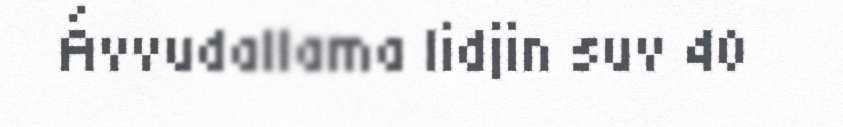
Ávvudallama lidjin suv 40